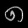
Digit: ၈